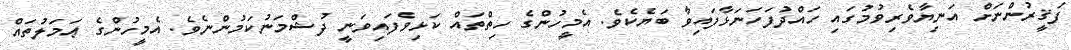
ފަޤީރުންނަށް އަނިޔާވެރިވުމުގައި ހައްދުފަހަނަޅާފައިވާ ބަޔެކެވެ. އެމީހުންގެ ހިތްތައް ކަޅިވެފައިވަނީ ދުޝްމަނުކަމުންނެވެ. އެމީހުންގެ ޢަމަލުތައް